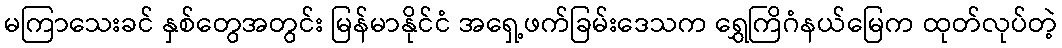
မကြာသေးခင် နှစ်တွေအတွင်း မြန်မာနိုင်ငံ အရှေ့ဖက်ခြမ်းဒေသက ရွှေကြိဂံနယ်မြေက ထုတ်လုပ်တဲ့